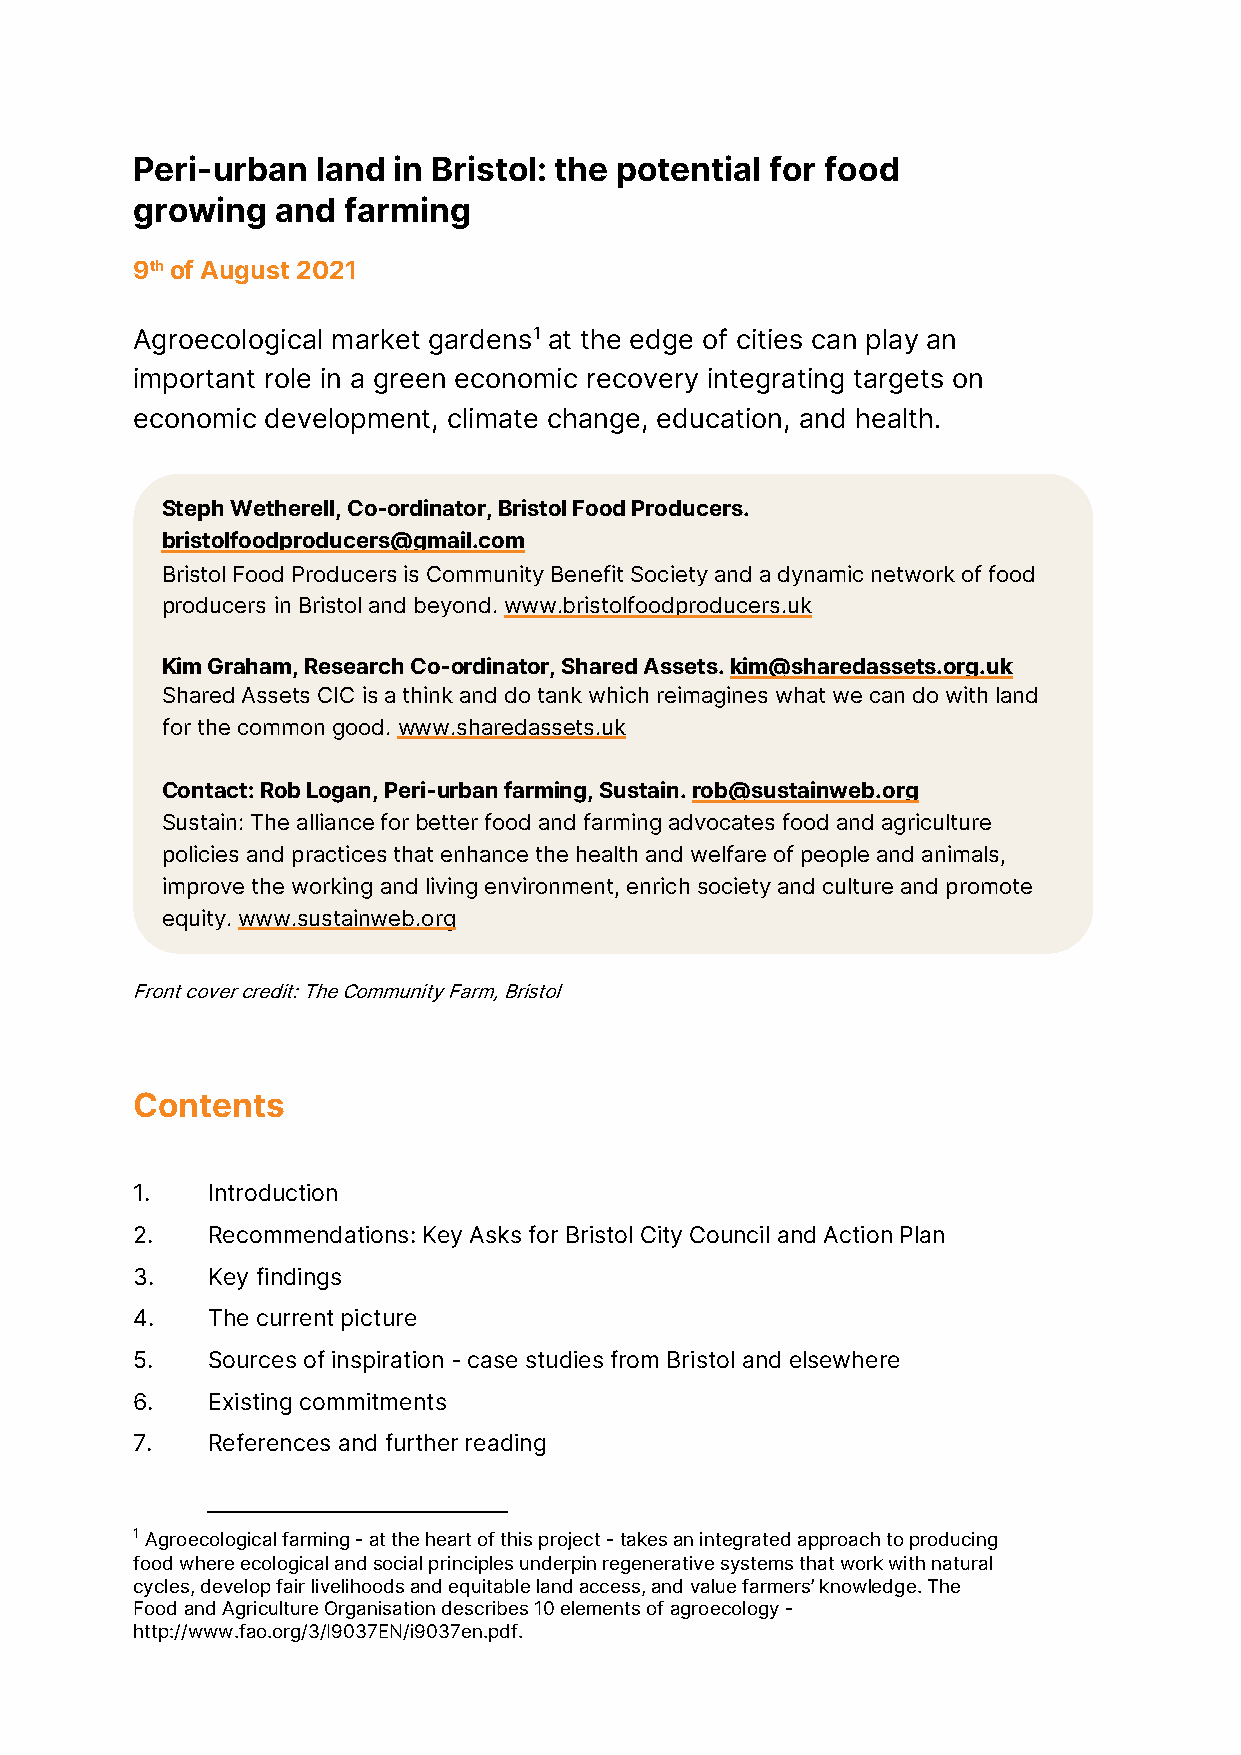
Peri-urban  land in Bristol: the potential for food
 growing  and  farming
 9th of August 2021
 Agroecological market gardens1 at the edge of cities can play an
 important role in a green economic recovery integrating targets on
 economic development, climate change, education, and health.
 Steph Wetherell, Co-ordinator, Bristol Food Producers.
 bristolfoodproducers@gmail.com
 Bristol Food Producers is Community Benefit Society and a dynamic network of food
 producers in Bristol and beyond. www.bristolfoodproducers.uk
 Kim Graham, Research Co-ordinator, Shared Assets. kim@sharedassets.org.uk
 Shared Assets CIC is a think and do tank which reimagines what we can do with land
 for the common good. www.sharedassets.uk
 Contact: Rob Logan, Peri-urban farming, Sustain. rob@sustainweb.org
 Sustain: The alliance for better food and farming advocates food and agriculture
 policies and practices that enhance the health and welfare of people and animals,
 improve the working and living environment, enrich society and culture and promote
 equity. www.sustainweb.org
 Front cover credit: The Community Farm, Bristol
 Contents
 1.   Introduction
 2.   Recommendations: Key Asks for Bristol City Council and Action Plan
 3.   Key findings
 4.   The current picture
 5.   Sources of inspiration - case studies from Bristol and elsewhere
 6.   Existing commitments
 7.   References and further reading
 1 Agroecological farming - at the heart of this project - takes an integrated approach to producing
 food where ecological and social principles underpin regenerative systems that work with natural
 cycles, develop fair livelihoods and equitable land access, and value farmers’ knowledge. The
 Food and Agriculture Organisation describes 10 elements of agroecology -
 http://www.fao.org/3/I9037EN/i9037en.pdf.